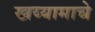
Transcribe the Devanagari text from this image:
खय्यामाचे